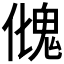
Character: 𩲏